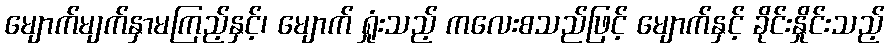
မျောက်မျက်နှာမကြည့်နှင့်၊ မျောက် ရှုံးသည့် ကလေးစသည်ဖြင့် မျောက်နှင့် ခိုင်းနှိုင်းသည့်